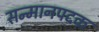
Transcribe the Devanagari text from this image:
सन्मानपदक